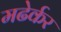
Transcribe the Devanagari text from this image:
मढेर्कर